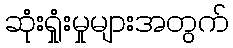
ဆုံးရှုံးမှုများအတွက်